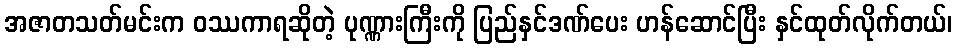
အဇာတသတ်မင်းက ဝဿကာရဆိုတဲ့ ပုဏ္ဏားကြီးကို ပြည်နှင်ဒဏ်ပေး ဟန်ဆောင်ပြီး နှင်ထုတ်လိုက်တယ်၊